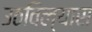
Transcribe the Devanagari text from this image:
उठविल्यास